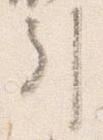
引